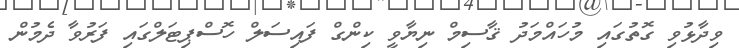
ވިދާޅުވި ގޮތުގައި މުހައްމަދު ޤާސިމް ނިޔާވީ ކިންގް ފައިސަލް ހޮސްޕިޓަލްގައި ފަރުވާ ދެމުން